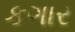
કગાર